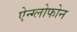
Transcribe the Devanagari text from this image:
ऐन्ग्लोफोन